DOW-UAP-D8, Mission Report, Djibouti, 2025
Agency: Department of War
Incident location: Mediterranean Sea
Page 6
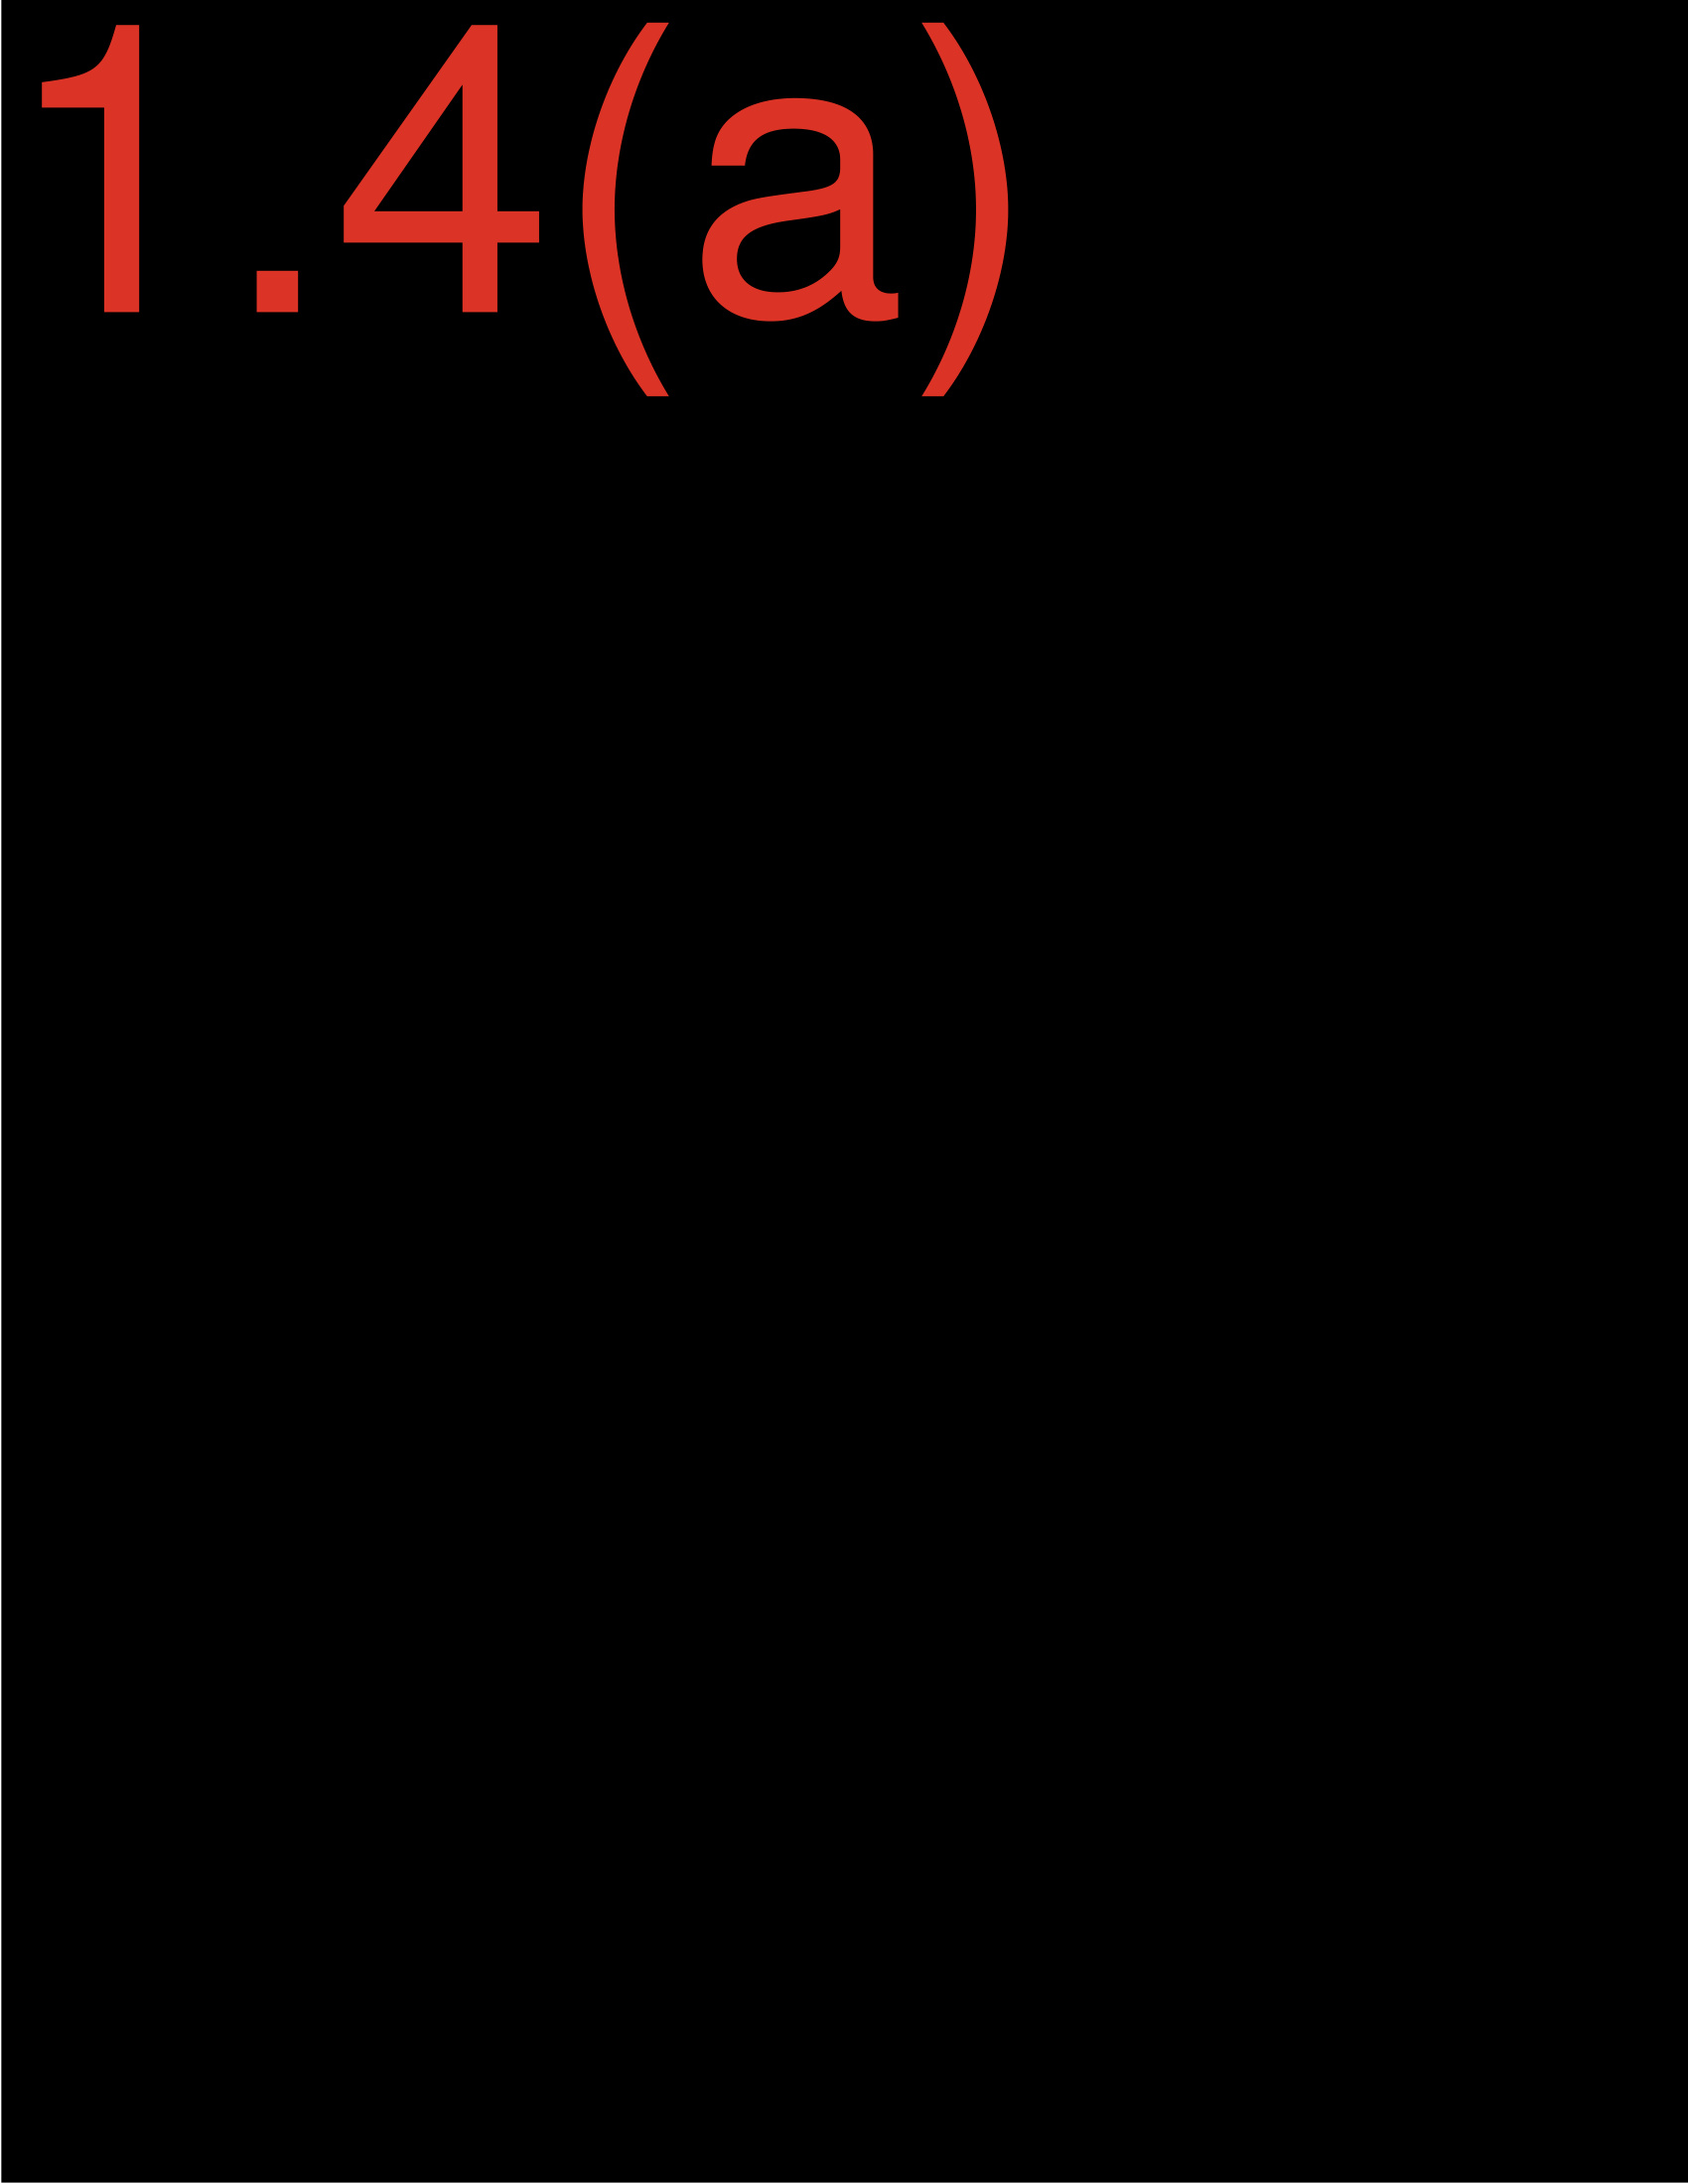